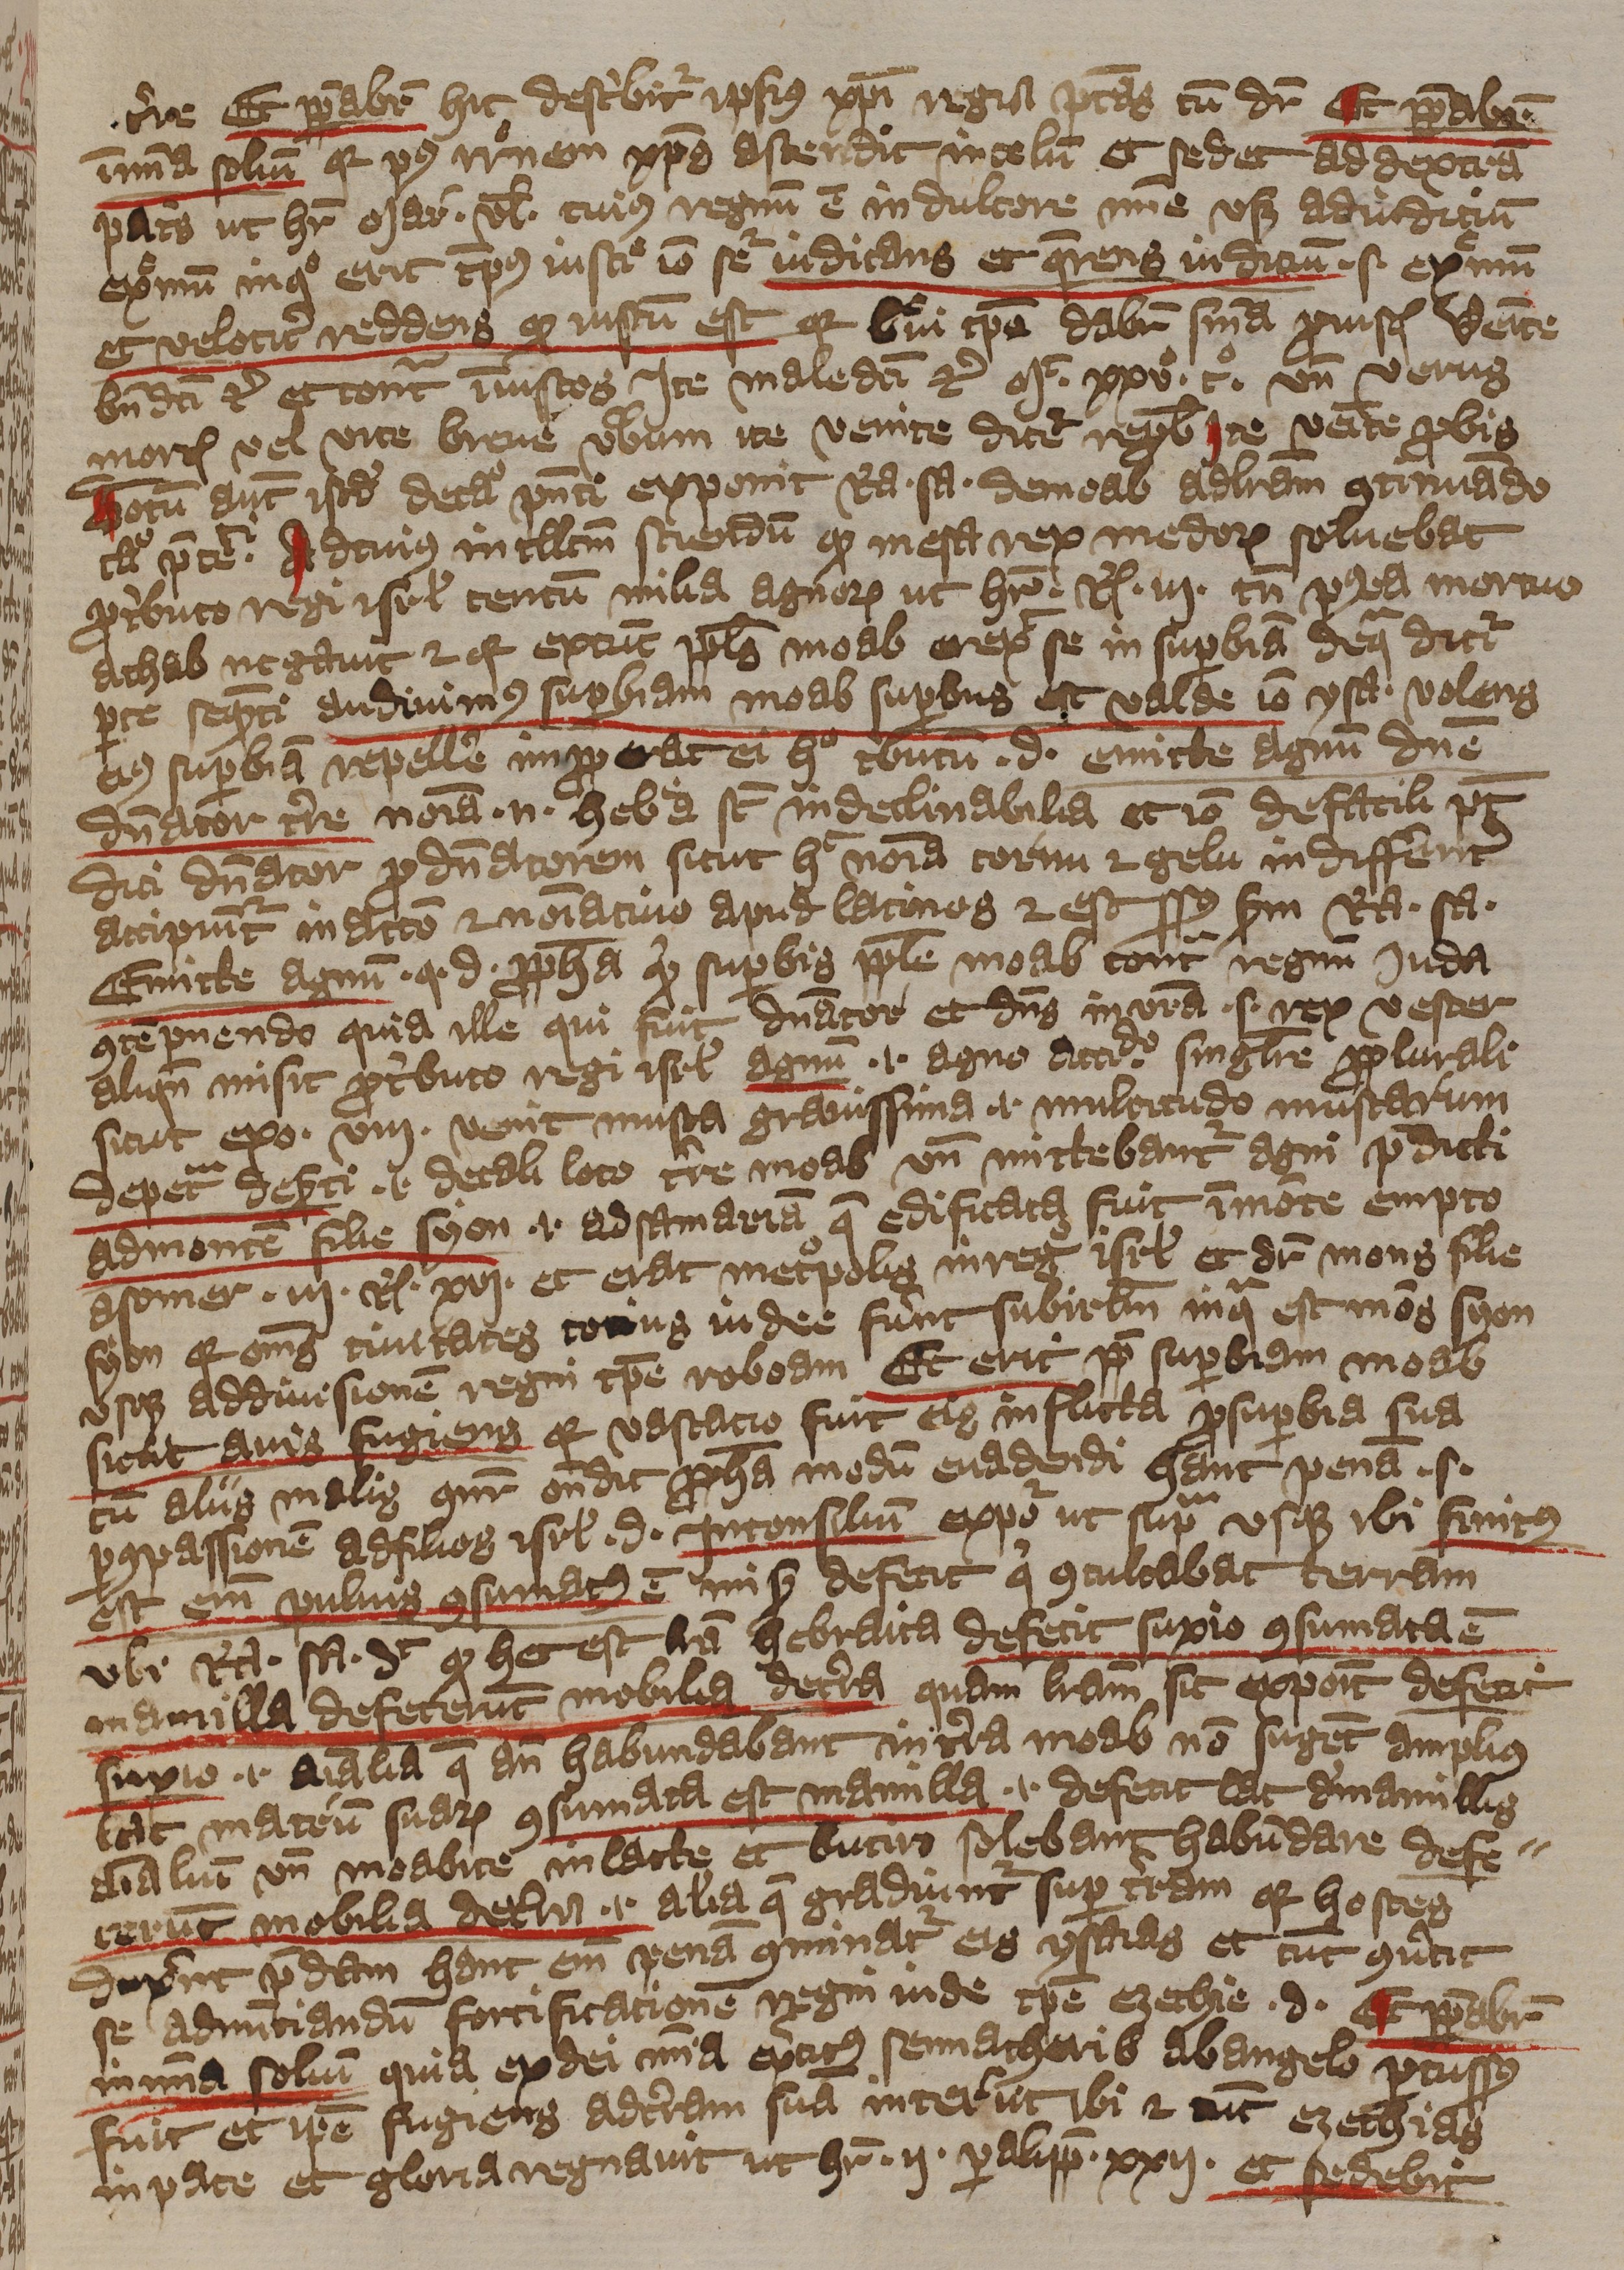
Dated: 1393–1396